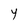
Character: Y